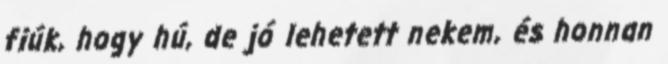
fiúk, hogy hú, de jó lehetett nekem, és honnan